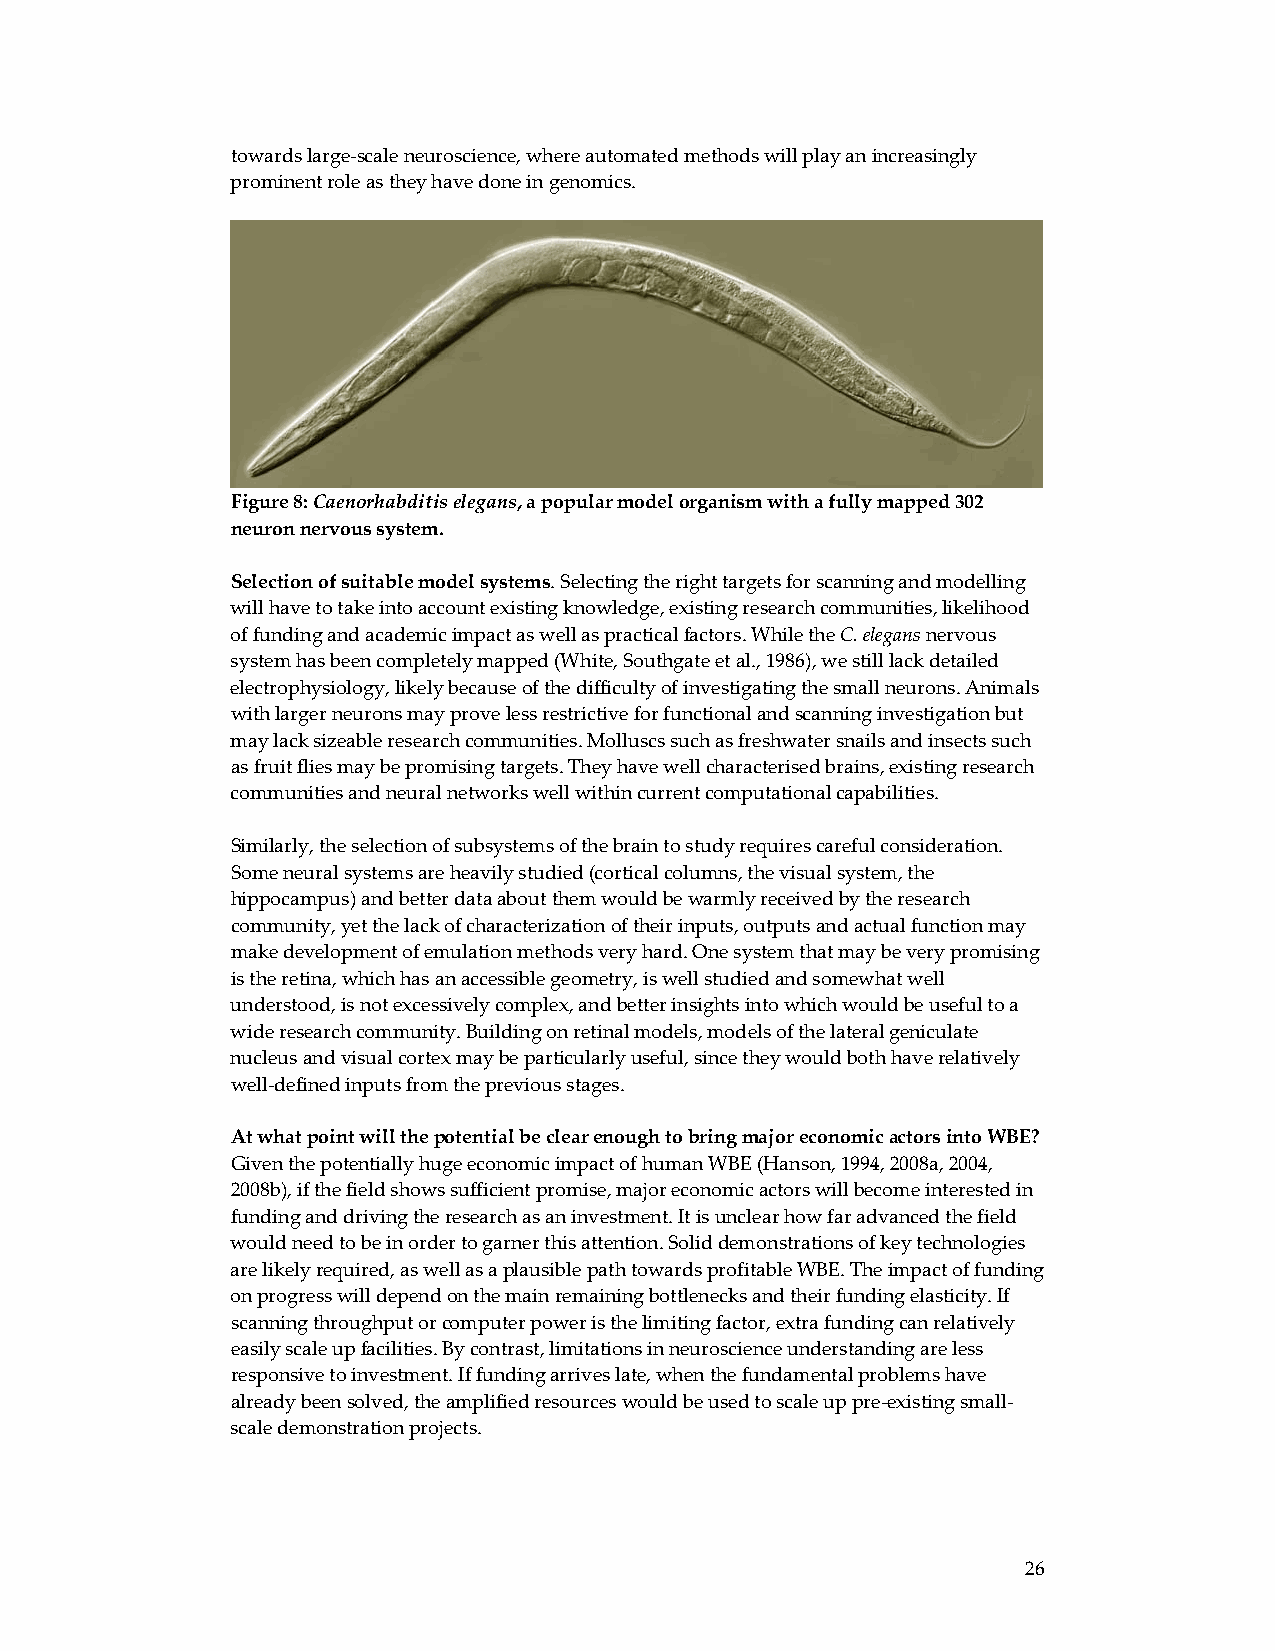
towards large‐scale neuroscience, where automated methods will play an increasingly
 prominent role as they have done in genomics.
 Figure 8: Caenorhabditis elegans, a popular model organism with a fully mapped 302
 neuron nervous system.
 Selection of suitable model systems. Selecting the right targets for scanning and modelling
 will have to take into account existing knowledge, existing research communities, likelihood
 of funding and academic impact as well as practical factors. While the C. elegans nervous
 system has been completely mapped (White, Southgate et al., 1986), we still lack detailed
 electrophysiology, likely because of the difficulty of investigating the small neurons. Animals
 with larger neurons may prove less restrictive for functional and scanning investigation but
 may lack sizeable research communities. Molluscs such as freshwater snails and insects such
 as fruit flies may be promising targets. They have well characterised brains, existing research
 communities and neural networks well within current computational capabilities.
 Similarly, the selection of subsystems of the brain to study requires careful consideration.
 Some neural systems are heavily studied (cortical columns, the visual system, the
 hippocampus) and better data about them would be warmly received by the research
 community, yet the lack of characterization of their inputs, outputs and actual function may
 make development of emulation methods very hard. One system that may be very promising
 is the retina, which has an accessible geometry, is well studied and somewhat well
 understood, is not excessively complex, and better insights into which would be useful to a
 wide research community. Building on retinal models, models of the lateral geniculate
 nucleus and visual cortex may be particularly useful, since they would both have relatively
 well‐defined inputs from the previous stages.
 At what point will the potential be clear enough to bring major economic actors into WBE?
 Given the potentially huge economic impact of human WBE (Hanson, 1994, 2008a, 2004,
 2008b), if the field shows sufficient promise, major economic actors will become interested in
 funding and driving the research as an investment. It is unclear how far advanced the field
 would need to be in order to garner this attention. Solid demonstrations of key technologies
 are likely required, as well as a plausible path towards profitable WBE. The impact of funding
 on progress will depend on the main remaining bottlenecks and their funding elasticity. If
 scanning throughput or computer power is the limiting factor, extra funding can relatively
 easily scale up facilities. By contrast, limitations in neuroscience understanding are less
 responsive to investment. If funding arrives late, when the fundamental problems have
 already been solved, the amplified resources would be used to scale up pre‐existing small‐
 scale demonstration projects.
 26